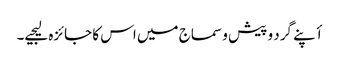
أپنے گرد و پیش و سماج میں اس کا جائزہ لیجیے۔